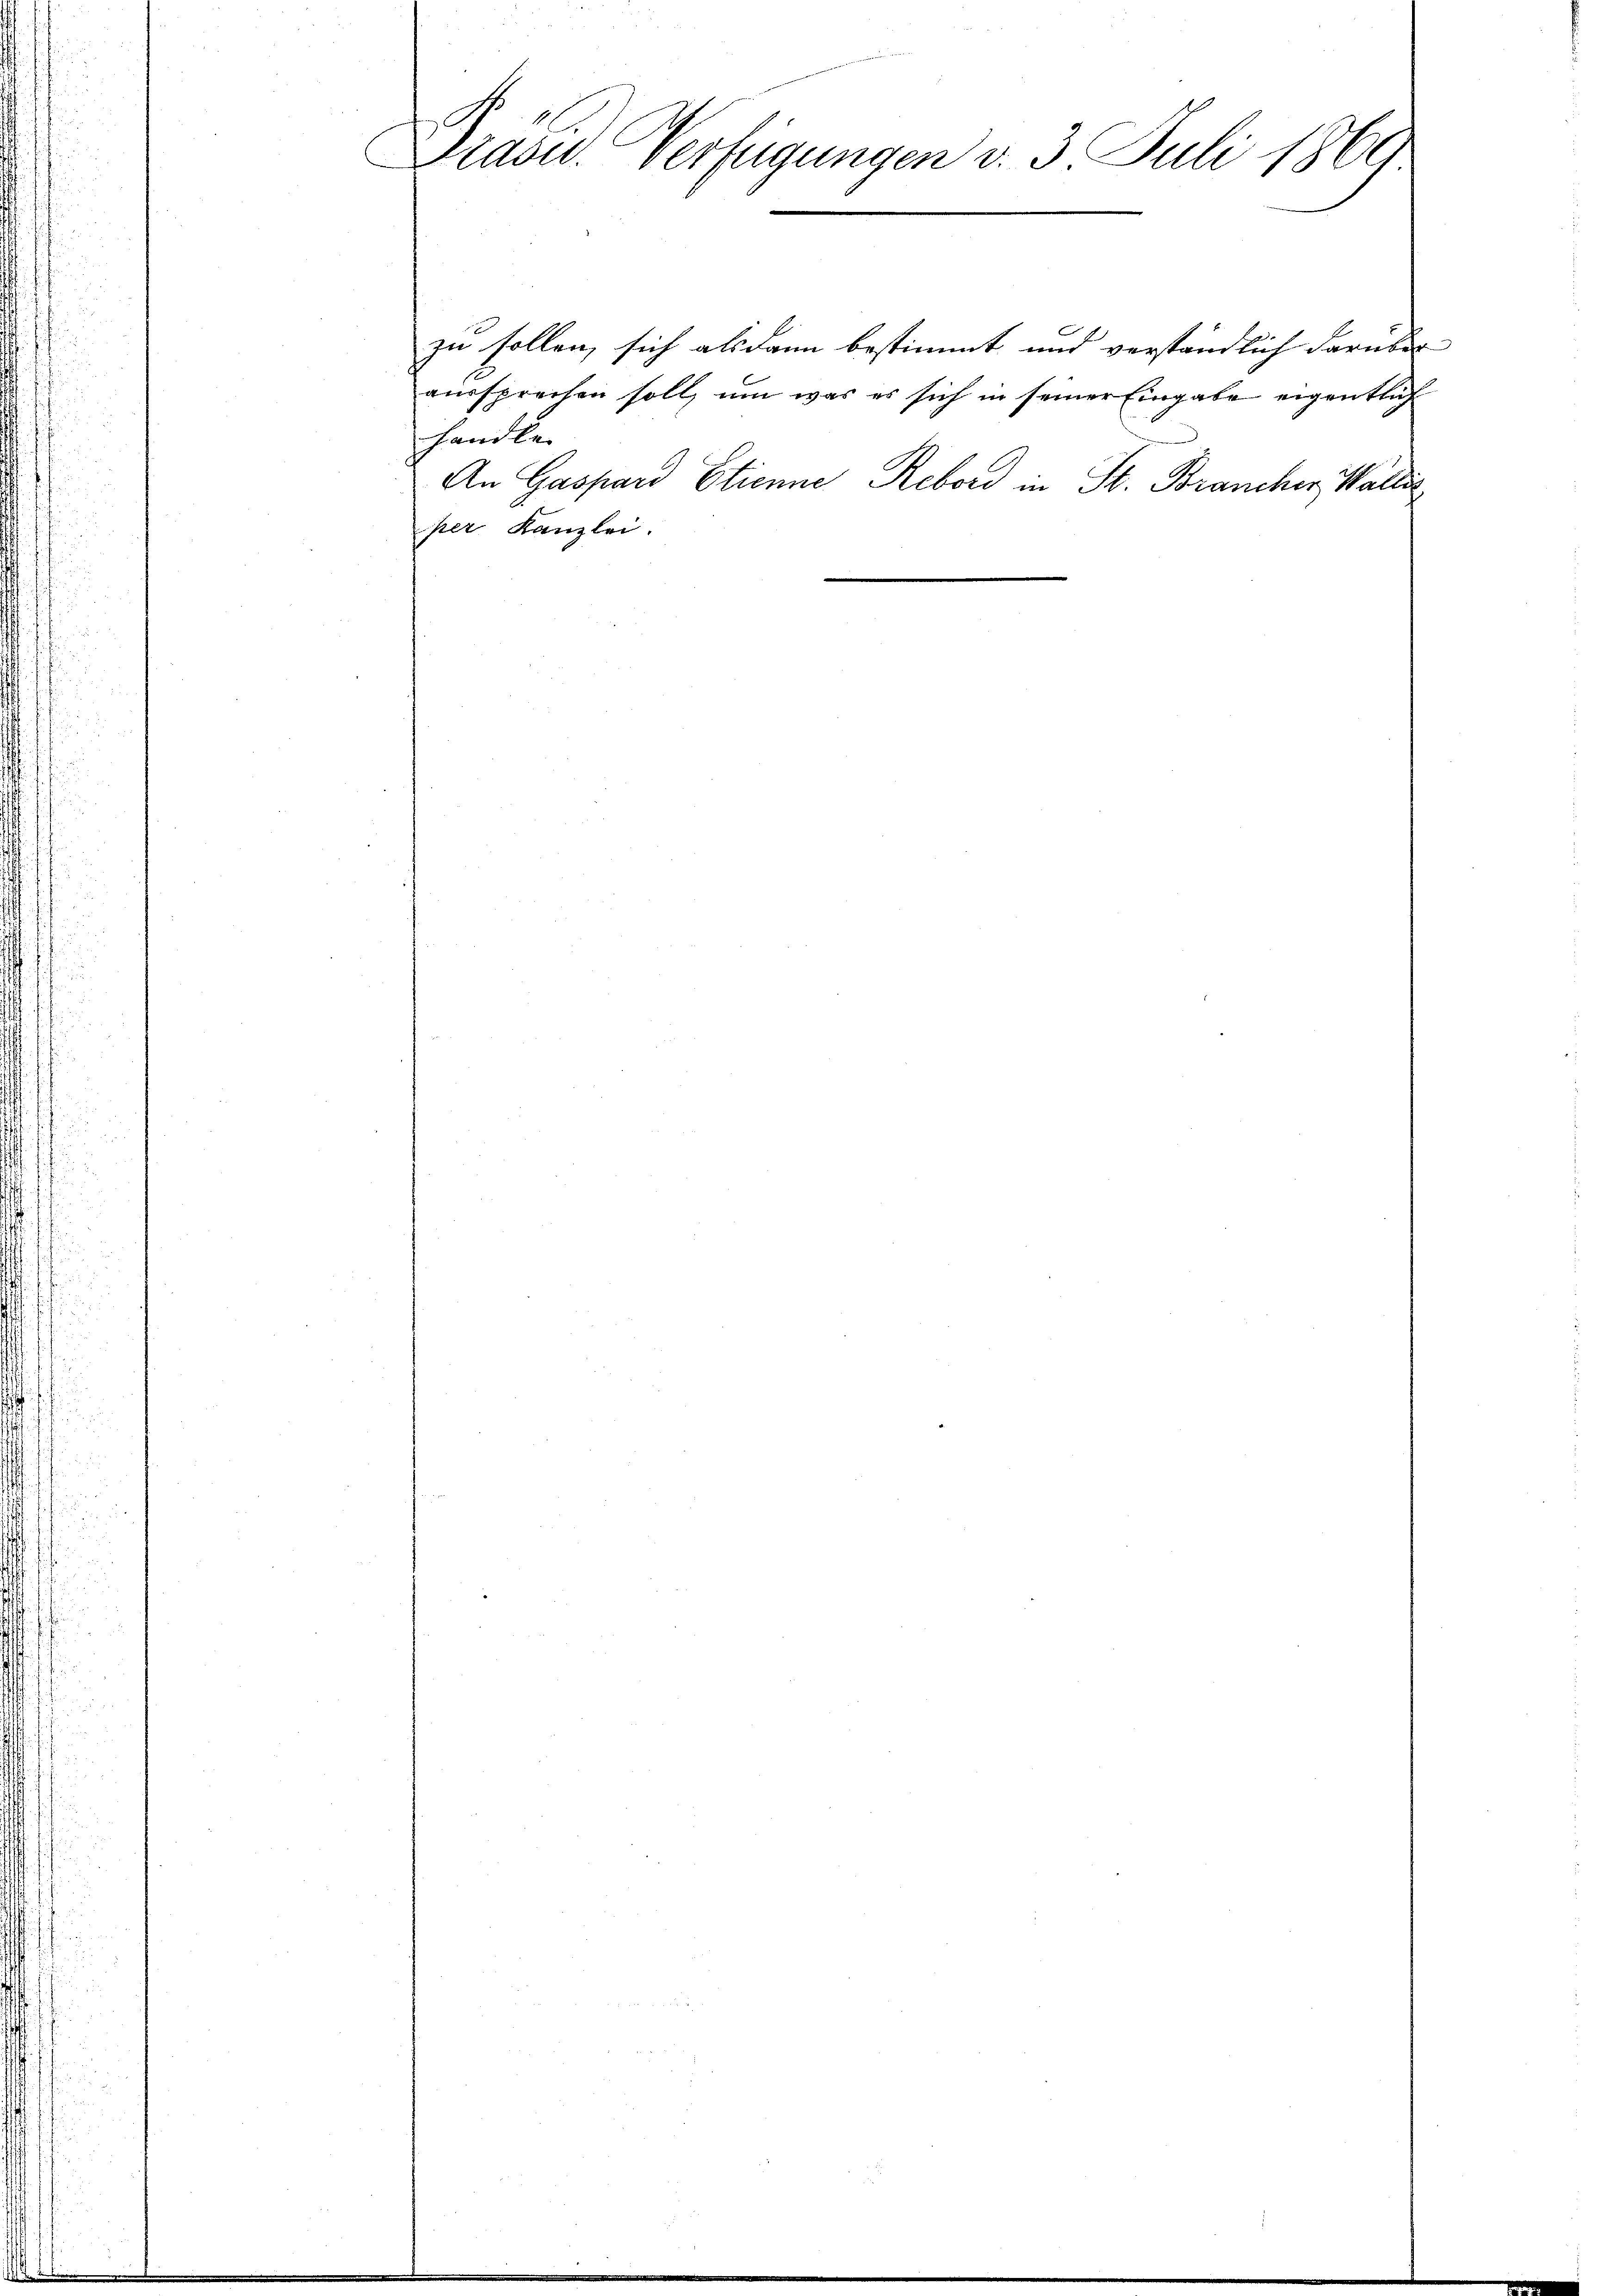
Präsid. Verfügungen v. 3. Juli 1869

zu sollen, sich alsdann bestimmt und verständlich darüber
aussprechen soll, um was es sich in seiner Eingabe eigentlich
handle.
An Gaspard Etienne Rebord in St. Brancher Walli
per Kanzlei.